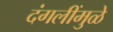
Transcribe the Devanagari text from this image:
दंगलींमुळे